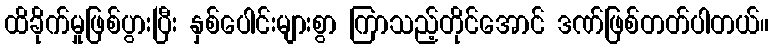
ထိခိုက်မှုဖြစ်ပွားပြီး နှစ်ပေါင်းများစွာ ကြာသည့်တိုင်အောင် ဒဏ်ဖြစ်တတ်ပါတယ်။